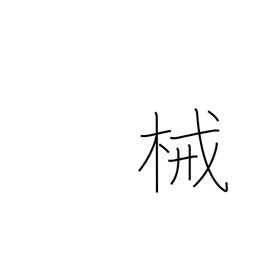
Meaning: instrument